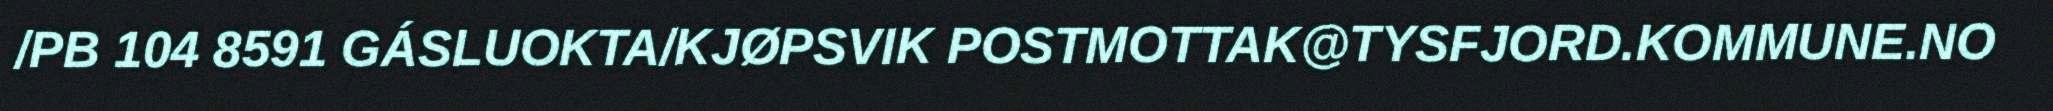
/PB 104 8591 GÁSLUOKTA/KJØPSVIK POSTMOTTAK@TYSFJORD.KOMMUNE.NO